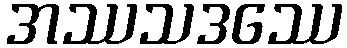
အဿသဒဿေ